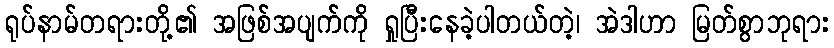
ရုပ်နာမ်တရားတို့၏ အဖြစ်အပျက်ကို ရှုပြီးနေခဲ့ပါတယ်တဲ့၊ အဲဒါဟာ မြတ်စွာဘုရား